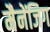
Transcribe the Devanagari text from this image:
मैनेंजिग